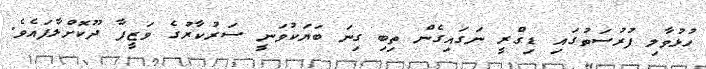
ހުޅުވާލި ފުރުސަތުގައި ޑިގްރީ ނަގައިގެން ތިބި ގިނަ ބަޔަކުވަނީ ސަރުކާރުގެ ވަޒީފާ ދޫކޮށްލާފައެވެ.